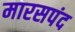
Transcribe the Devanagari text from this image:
मारसपंद